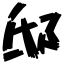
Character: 邸